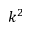
k ^ { 2 }